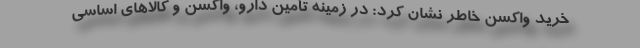
خرید واکسن خاطر نشان کرد: در زمینه تأمین دارو، واکسن و کالاهای اساسی